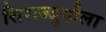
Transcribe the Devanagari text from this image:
सिराज्जुदौला